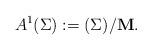
LaTeX: \begin{align*}A^1(\Sigma):=(\Sigma)/\mathbf{M}.\end{align*}